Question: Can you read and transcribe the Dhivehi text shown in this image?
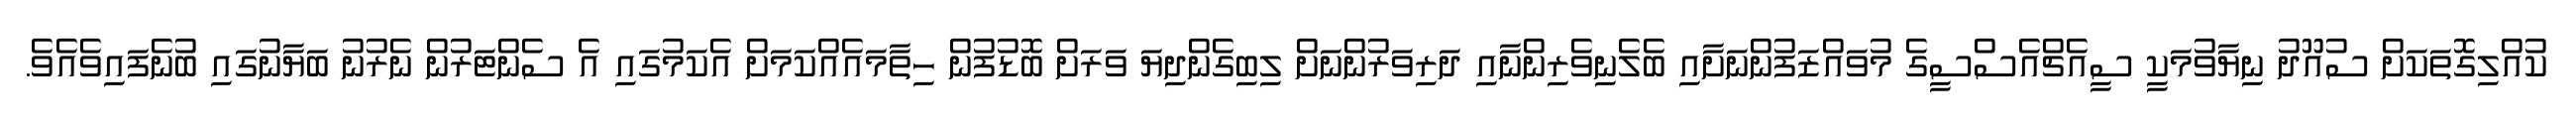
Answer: ކުއްލިގޮތަކަށް ސުއޫދު ނިޔާވުމަކީ ސީއެޗްއެސްސީގެ މުވައްޒަފުންނަށާއި ބެލެނިވެރިންނާއި ދަރިވަރުންނަށް ލިބިގެންދިޔަ ވަރަށް ބޮޑުފުން ހިތާމައެއްކަމަށް އެކަމުގައި އެ ސެންޓަރުން ނެރުނު ބަޔާނުގައި ބުނެފައިވެއެވެ.